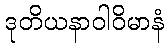
ဒုတိယနာဝါဝိမာနံ